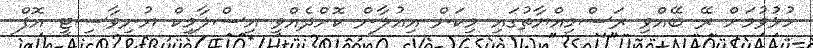
ހުޅުވުމަށް ރޭ ބޭއްވި ރަސްމިއްޔާތުގައި މިކަން އިއުލާން ކޮށްދެއްވީ އިސްލާމިކް ޔުނިވާސިޓީ އޮފް